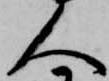
人